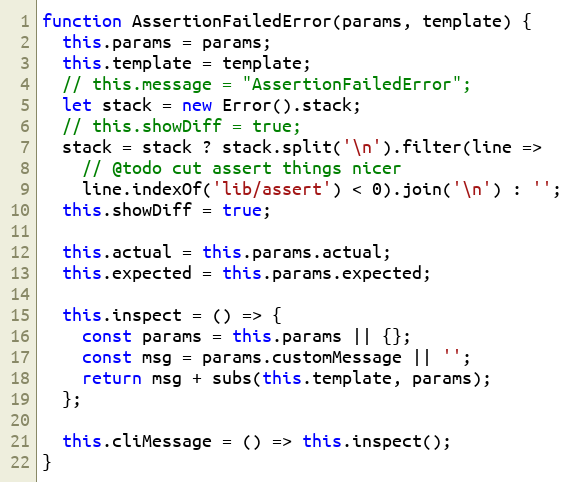
Language: JavaScript
function AssertionFailedError(params, template) {
  this.params = params;
  this.template = template;
  // this.message = "AssertionFailedError";
  let stack = new Error().stack;
  // this.showDiff = true;
  stack = stack ? stack.split('\n').filter(line =>
    // @todo cut assert things nicer
    line.indexOf('lib/assert') < 0).join('\n') : '';
  this.showDiff = true;

  this.actual = this.params.actual;
  this.expected = this.params.expected;

  this.inspect = () => {
    const params = this.params || {};
    const msg = params.customMessage || '';
    return msg + subs(this.template, params);
  };

  this.cliMessage = () => this.inspect();
}